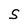
Character: S